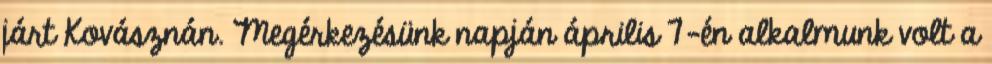
járt Kovásznán. Megérkezésünk napján április 7-én alkalmunk volt a